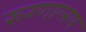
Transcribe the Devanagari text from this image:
रुग्‍णालय